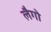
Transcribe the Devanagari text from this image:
लैगो